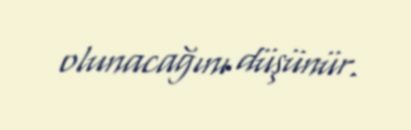
olunacağını düşünür.